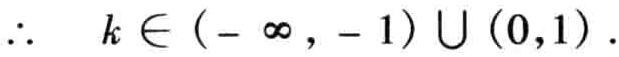
\(\therefore\quad k\in(-\infty,-1)\cup(0,1).\)